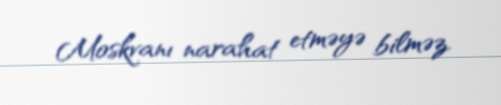
Moskvanı narahat etməyə bilməz.